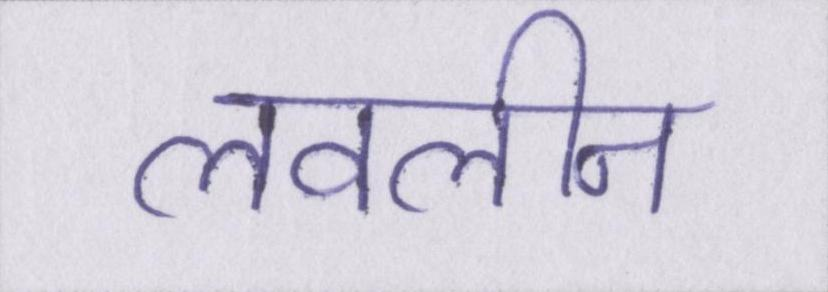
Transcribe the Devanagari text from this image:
लवलीन